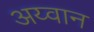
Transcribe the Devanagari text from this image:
अय्वान